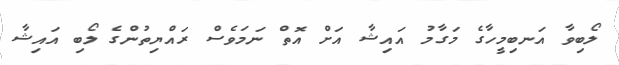
ލޯބިވާ އަނބިމީހާގެ މަގާމު އައިޝާ އަށް އޮތް ނަމަވެސް ރައްޔިތުންގެ ލޯބި އައިޝާ